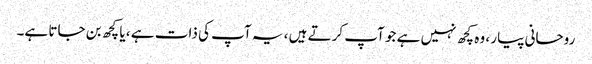
روحانی پیار ، وہ کچھ نہیں ہے جو آپ کرتے ہیں ، یہ آپ کی ذات ہے ، یا کچھ بن جاتا ہے۔